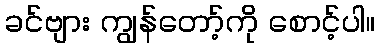
ခင်ဗျား ကျွန်တော့်ကို စောင့်ပါ။